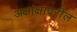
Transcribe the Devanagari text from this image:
अक्षांक्षावरील